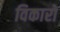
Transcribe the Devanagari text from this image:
विकारों